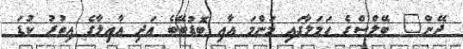
ދޭން" ބޭލްސްގެ ހަމަލާގައި މަންމަ އާއި ބޮޑުބޭބެ އަދި އާއިލާގެ އިތުރު ކުޑަ